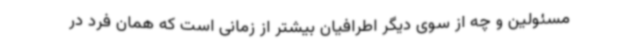
مسئولین و چه از سوی دیگر اطرافیان بیشتر از زمانی است که همان فرد در